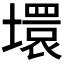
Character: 𡑡